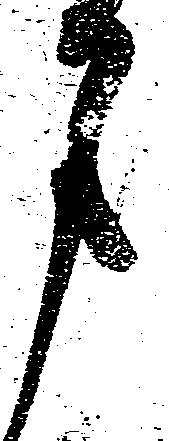
月